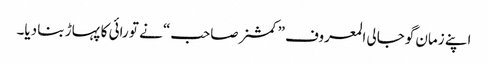
اپنے زمان گوجالی المعروف ”کمشنرصاحب“ نے تو رائی کا پہاڑ بنا دیا۔